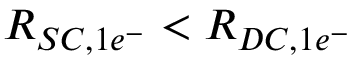
R _ { S C , 1 e ^ { - } } < R _ { D C , 1 e ^ { - } }